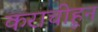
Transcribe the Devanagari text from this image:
कराचीहून